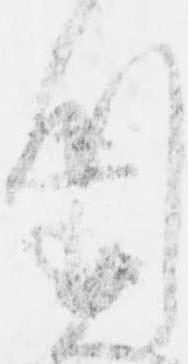
川